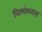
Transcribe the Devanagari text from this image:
विश्वंभरास